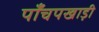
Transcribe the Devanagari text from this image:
पाँचपखाड़ी